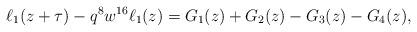
LaTeX: \begin{align*}\ell_1(z+\tau)-q^8w^{16}\ell_1(z)=G_1(z)+G_2(z)-G_3(z)-G_4(z),\end{align*}